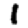
Digit: 1